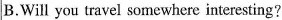
B.Will you travel somewhere interesting?